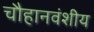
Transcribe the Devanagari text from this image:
चौहानवंशीय